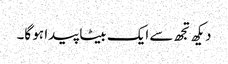
دیکھ تجھ سے ایک بیٹا پیدا ہو گا۔